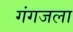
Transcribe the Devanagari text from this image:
गंगजला